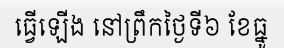
ធ្វើឡើង នៅព្រឹកថ្ងៃទី៦ ខែធ្នូ